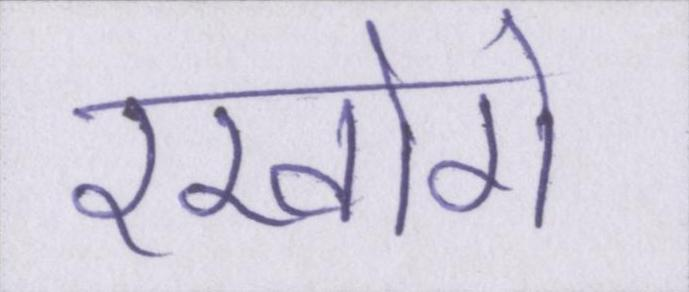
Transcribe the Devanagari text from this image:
रखोगे